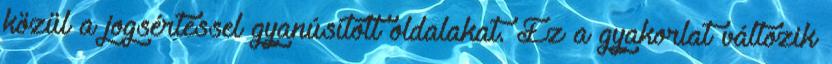
közül a jogsértéssel gyanúsított oldalakat. Ez a gyakorlat változik